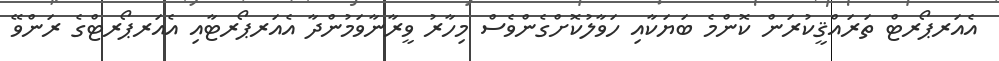
އެއަރޕޯރޓް ތަރައްޤީކުރަން ކޮންމެ ބަޔަކާއި ހަވާލުކޮށްގެންވެސް މިހާރު ވީރާނާވަމުންދާ އެއަރޕޯރޓާއި އެއަރޕޯރޓްގެ ރަންވޭ